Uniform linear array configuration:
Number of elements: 16
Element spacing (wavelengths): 0.75
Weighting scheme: blackman
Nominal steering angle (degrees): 0
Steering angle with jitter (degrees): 1.008
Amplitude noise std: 0.05
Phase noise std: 0.05

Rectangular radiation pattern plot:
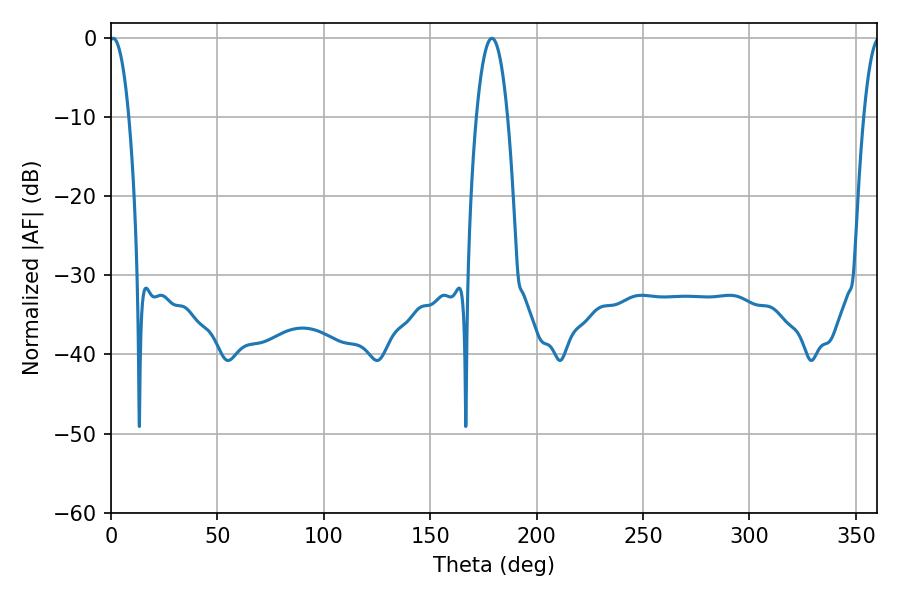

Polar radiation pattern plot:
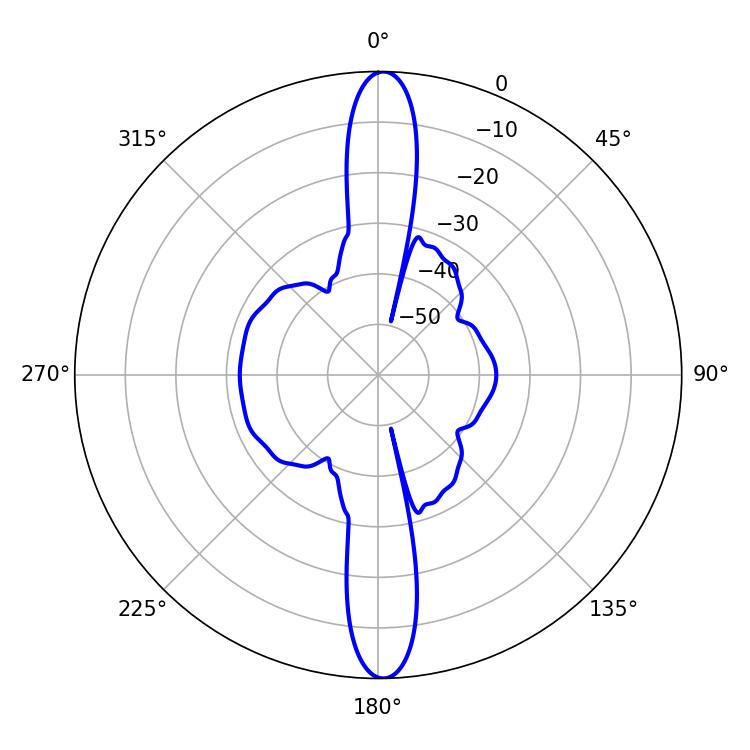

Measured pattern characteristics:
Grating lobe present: TRUE
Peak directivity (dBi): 26.067
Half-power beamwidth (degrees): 5.04
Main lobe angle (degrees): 1.08